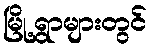
မြို့ရွာများတွင်